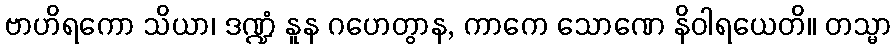
ဗာဟိရကော သိယာ၊ ဒဏ္ဍံ နူန ဂဟေတွာန, ကာကေ သောဏေ နိဝါရယေတိ။ တသ္မာ